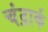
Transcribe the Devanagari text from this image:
चंद्रार्क